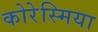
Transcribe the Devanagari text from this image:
कोरेस्मिया